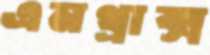
এনথ্রাক্স